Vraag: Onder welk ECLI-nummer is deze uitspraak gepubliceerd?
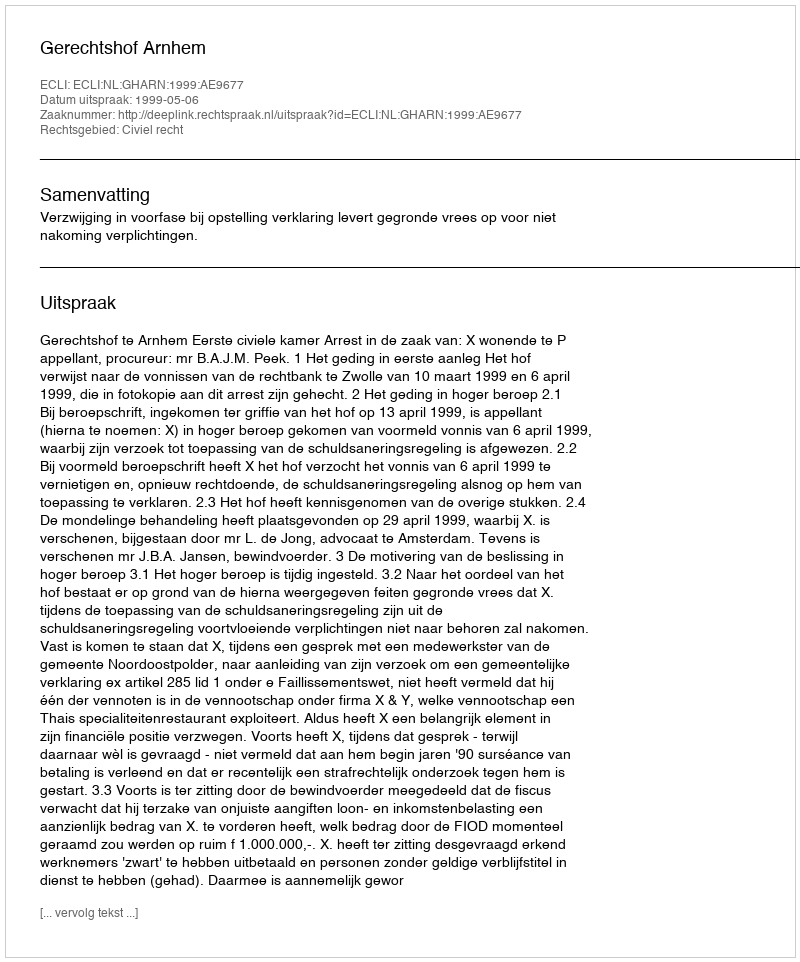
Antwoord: ECLI:NL:GHARN:1999:AE9677